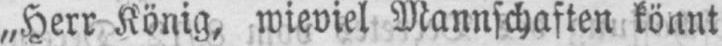
„Herr König, wieviel Mannschaften könnt